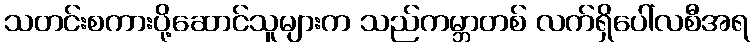
သတင်းစကားပို့ဆောင်သူများက သည်ကမ္ဘာတစ် လက်ရှိပေါ်လစီအရ